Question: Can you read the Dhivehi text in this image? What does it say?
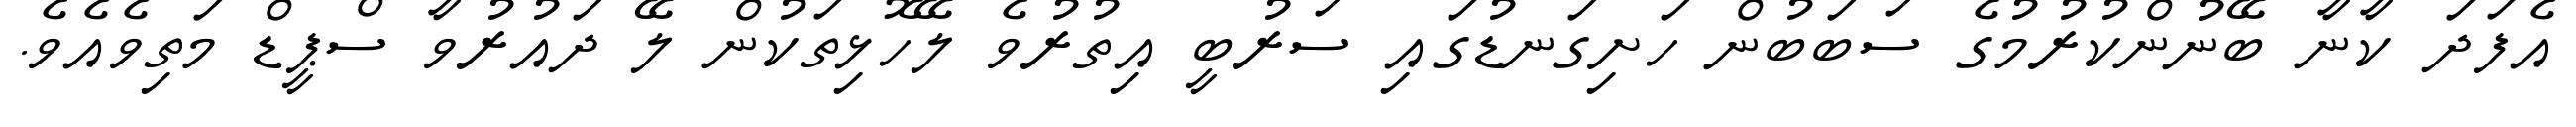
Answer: އެފަދަ ކާނާ ބޭނުންކުރުމުގެ ސަބަބުން ހަށިގަނޑުގައި ސަރުބީ އިތުރުވެ ލޭހޮޅިތަކުން ލޭ ދައުރުވާ ސްޕީޑް މަތިވެއެވެ.